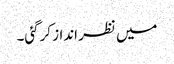
میں نظر انداز کرگئی۔